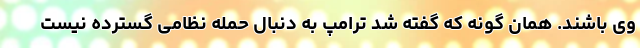
وی باشند. همان گونه که گفته شد ترامپ به دنبال حمله نظامی گسترده نیست